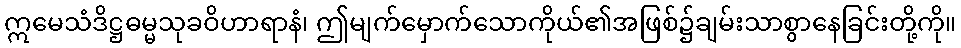
ဣမေသံဒိဋ္ဌဓမ္မသုခဝိဟာရာနံ၊ ဤမျက်မှောက်သောကိုယ်၏အဖြစ်၌ချမ်းသာစွာနေခြင်းတို့ကို။